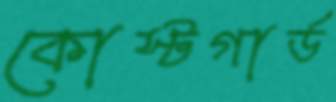
কোস্টগার্ড